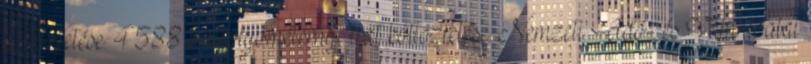
költöztetése. 4588 iratfolyóméternyi irat költöztetése. Nemzeti Adó- és Vámhivatal